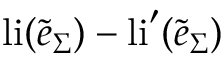
\mathrm { l i } ( \tilde { e } _ { \Sigma } ) - \mathrm { l i } ^ { \prime } ( \tilde { e } _ { \Sigma } )